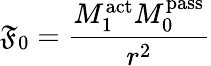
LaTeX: \mathfrak{F}_{0}={\frac{{M_{1}^{\mathrm{{act}}}M_{0}^{\mathrm{{pass}}}}}{{r^{2}}}}